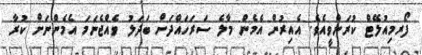
ފޯރމިއުލޭޓް ކުރަންވީއެވެ. އެއިރުން އެމެން މާލެ ސަރަހައްދަށް ބަދަލު ވެެއްޖެނަމަ އެމެންނަށް ކުރާ